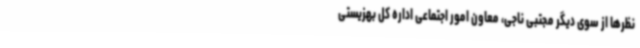
نظرها از سوی دیگر مجتبی ناجی، معاون امور اجتماعی اداره کل بهزیستی